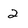
Character: 2